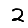
Digit: 2